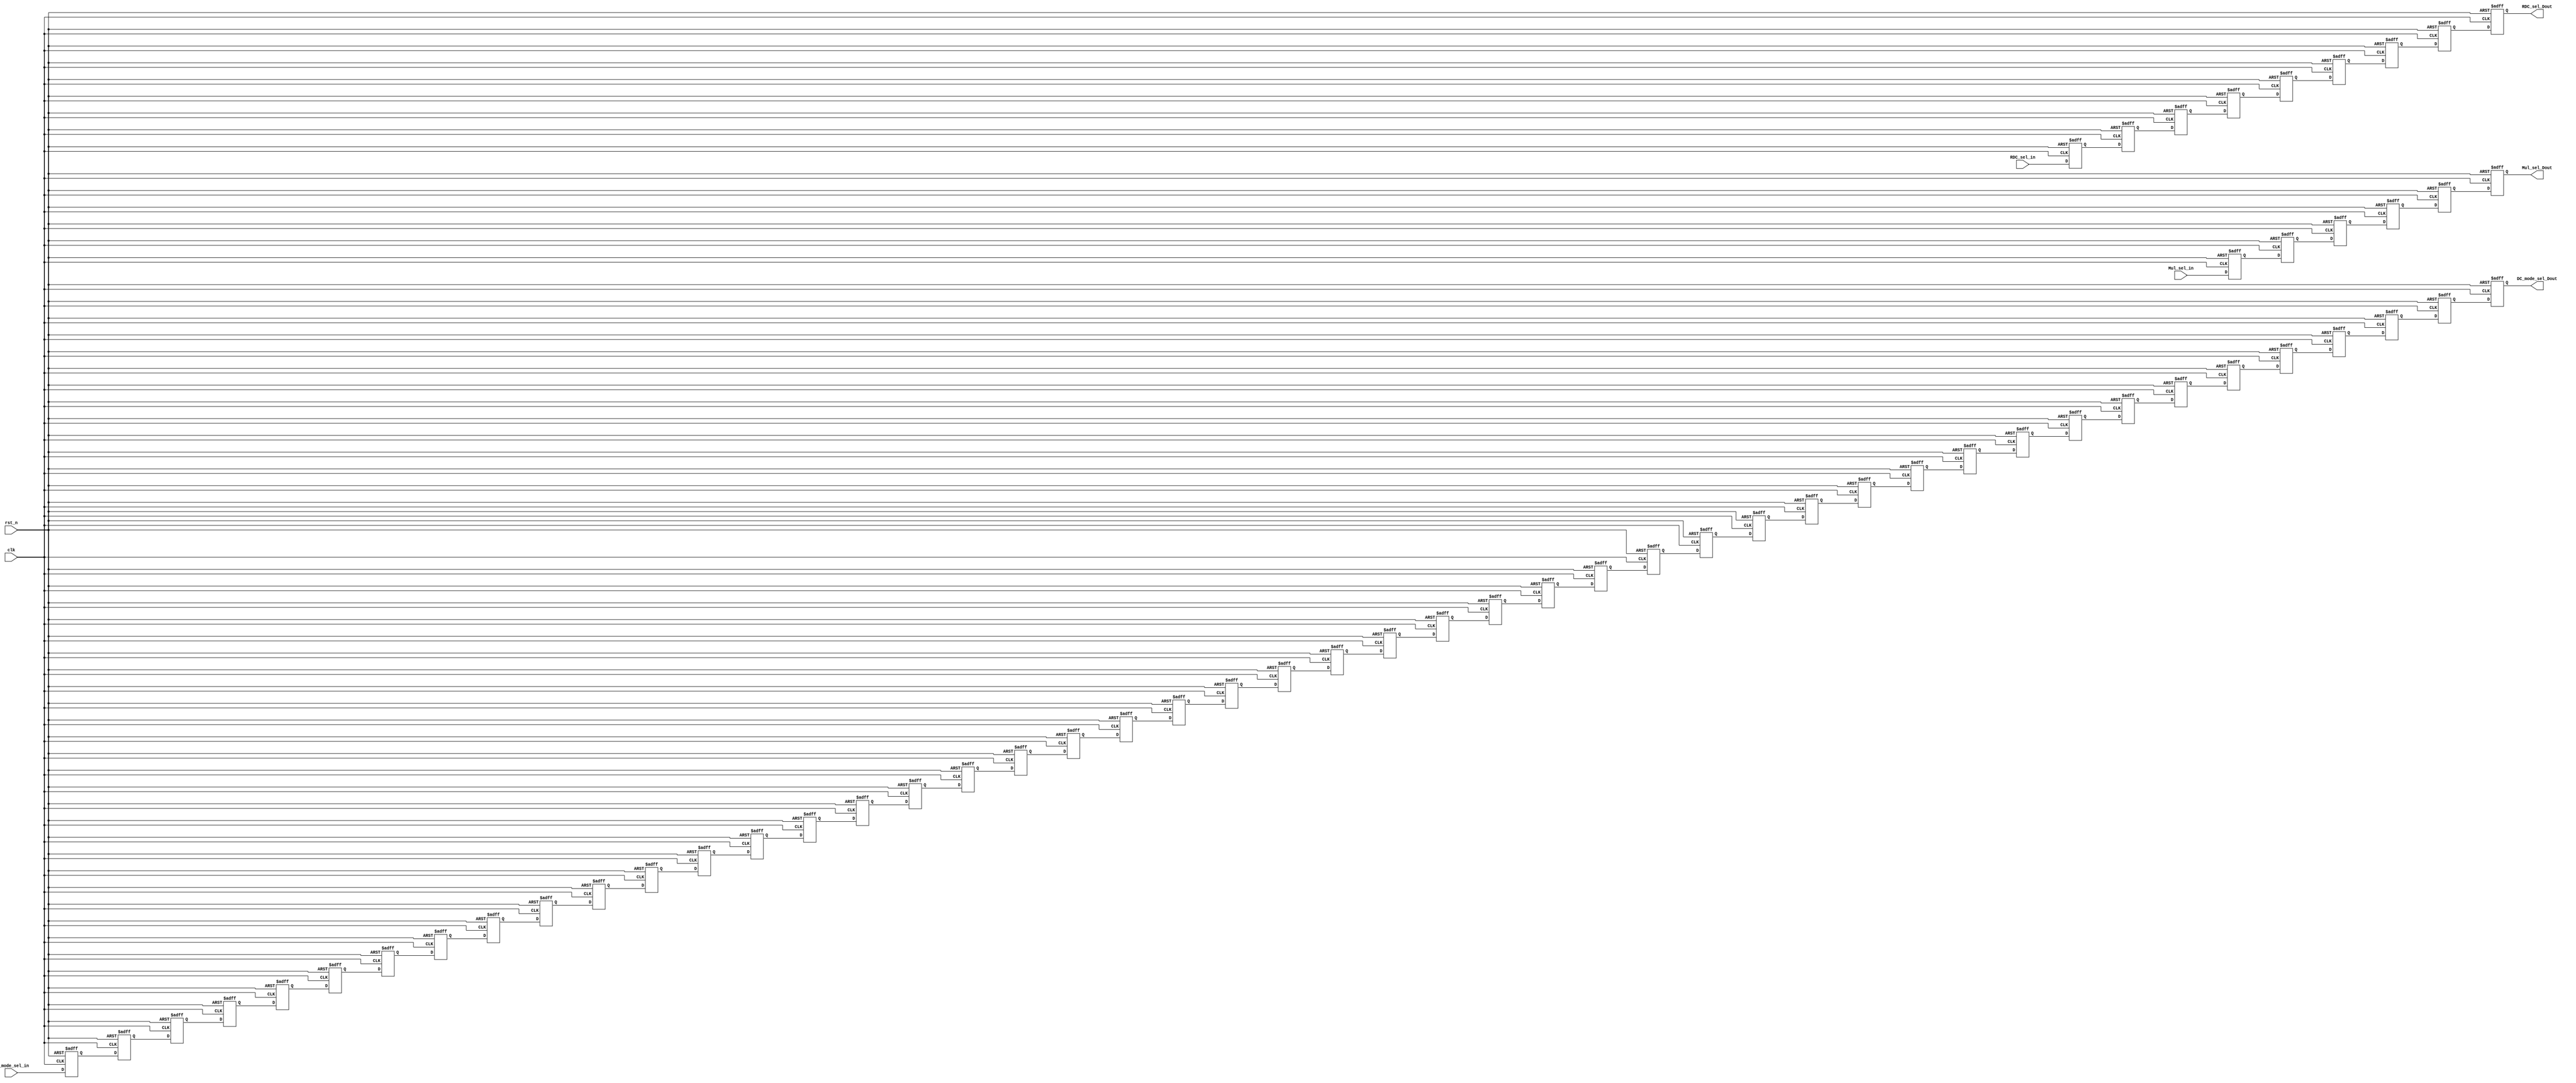
module Ctrl_PipeReg1(                                           
 				        Mul_sel_Dout,                                               
 				        RDC_sel_Dout,                                               
 				        DC_mode_sel_Dout,                                                                                        
 			            Mul_sel_in,                                                 
 			            RDC_sel_in,                                                 
 				        DC_mode_sel_in,                                             
                      rst_n,                                                      
                      clk                                                         
                      ) ;                                                         
                                                                                  
 parameter ROMA_WIDTH  = 12;                                                      
 parameter ROMA_ZERO   = 12'h0 ;                                                  
                                                                                  
                                                                                  
                                       
 output [1:0]            Mul_sel_Dout ;                                           
 output [3:0]            RDC_sel_Dout ;                                           
 output [1:0]            DC_mode_sel_Dout ;                                       
                                                                                                                             
 input  [1:0]            Mul_sel_in ;                                             
 input  [3:0]            RDC_sel_in ;                                             
 input  [1:0]            DC_mode_sel_in ;                                         
 input                   rst_n ;                                                  
 input                   clk ;                                                    
                                                                                  
 reg                  mode_sel_D0reg ;                                            
 reg                  mode_sel_D1reg ;                                            
 reg                  mode_sel_D2reg ;                                            
 reg                  mode_sel_D3reg ;                                            
 reg                  mode_sel_D4reg ;                                            
                                          
 reg [1:0]            Mul_sel_D0reg ;                                             
 reg [1:0]            Mul_sel_D1reg ;                                             
 reg [1:0]            Mul_sel_D2reg ;                                             
 reg [1:0]            Mul_sel_D3reg ;                                             
 reg [1:0]            Mul_sel_D4reg ;                                             
 reg [1:0]            Mul_sel_Dout ;                                              
 reg [3:0]            RDC_sel_D0reg ;                                             
 reg [3:0]            RDC_sel_D1reg ;                                             
 reg [3:0]            RDC_sel_D2reg ;                                             
 reg [3:0]            RDC_sel_D3reg ;                                             
 reg [3:0]            RDC_sel_D4reg ;                                             
 reg [3:0]            RDC_sel_D5reg ;                                             
 reg [3:0]            RDC_sel_D6reg ;                                             
 reg [3:0]            RDC_sel_D7reg ;                                             
 reg [3:0]            RDC_sel_Dout ;                                              
 reg [1:0]            DC_mode_sel_D0reg ;                                         
 reg [1:0]            DC_mode_sel_D1reg ;                                         
 reg [1:0]            DC_mode_sel_D2reg ;                                         
 reg [1:0]            DC_mode_sel_D3reg ;                                         
 reg [1:0]            DC_mode_sel_D4reg ;                                         
 reg [1:0]            DC_mode_sel_D5reg ;                                         
 reg [1:0]            DC_mode_sel_D6reg ;                                         
 reg [1:0]            DC_mode_sel_D7reg ;                                         
 reg [1:0]            DC_mode_sel_D8reg ;                                         
 reg [1:0]            DC_mode_sel_D9reg ;                                         
 reg [1:0]            DC_mode_sel_D10reg ;                                        
 reg [1:0]            DC_mode_sel_D11reg ;                                        
 reg [1:0]            DC_mode_sel_D12reg ;                                        
 reg [1:0]            DC_mode_sel_D13reg ;                                        
 reg [1:0]            DC_mode_sel_D14reg ;                                        
 reg [1:0]            DC_mode_sel_D15reg ;                                        
 reg [1:0]            DC_mode_sel_D16reg ;                                        
 reg [1:0]            DC_mode_sel_D17reg ;                                        
 reg [1:0]            DC_mode_sel_D18reg ;                                        
 reg [1:0]            DC_mode_sel_D19reg ;                                        
 reg [1:0]            DC_mode_sel_D20reg ;                                        
 reg [1:0]            DC_mode_sel_D21reg ;                                        
 reg [1:0]            DC_mode_sel_D22reg ;                                        
 reg [1:0]            DC_mode_sel_D23reg ;                                        
 reg [1:0]            DC_mode_sel_D24reg ;                                        
 reg [1:0]            DC_mode_sel_D25reg ;                                        
 reg [1:0]            DC_mode_sel_D26reg ;                                        
 reg [1:0]            DC_mode_sel_D27reg ;                                        
 reg [1:0]            DC_mode_sel_D28reg ;                                        
 reg [1:0]            DC_mode_sel_D29reg ;                                        
 reg [1:0]            DC_mode_sel_D30reg ;                                        
 reg [1:0]            DC_mode_sel_D31reg ;                                        
 reg [1:0]            DC_mode_sel_D32reg ;                                        
 reg [1:0]            DC_mode_sel_D33reg ;                                        
 reg [1:0]            DC_mode_sel_D34reg ;                                        
 reg [1:0]            DC_mode_sel_D35reg ;                                        
 reg [1:0]            DC_mode_sel_D36reg ;                                        
 reg [1:0]            DC_mode_sel_D37reg ;                                        
 reg [1:0]            DC_mode_sel_D38reg ;                                        
 reg [1:0]            DC_mode_sel_D39reg ;                                        
 reg [1:0]            DC_mode_sel_D40reg ;                                        
 reg [1:0]            DC_mode_sel_D41reg ;                                        
 reg [1:0]            DC_mode_sel_D42reg ;                                        
 reg [1:0]            DC_mode_sel_D43reg ;                                        
 reg [1:0]            DC_mode_sel_D44reg ;                                        
 reg [1:0]            DC_mode_sel_D45reg ;                                        
 reg [1:0]            DC_mode_sel_Dout  ;                                         
                                                                                  
                                                                                  
 //mode_sel, Mul_sel delay 4 cycles and RDC_sel, FFT_FSmode_sel  delay 7 cycles   
 	always @(posedge clk or negedge rst_n) begin                                    
 		if(~rst_n) begin                                                                                                           
 			Mul_sel_D0reg <= 2'd0 ;                                                 
 			Mul_sel_D1reg <= 2'd0 ;                                                 
 			Mul_sel_D2reg <= 2'd0 ;                                                 
 			Mul_sel_D3reg <= 2'd0 ;                                                 
 			Mul_sel_D4reg <= 2'd0 ;                                                 
 			Mul_sel_Dout <= 2'd0 ;                                                  
 			RDC_sel_D0reg <= 4'd0 ;                                                 
 			RDC_sel_D1reg <= 4'd0 ;                                                 
 			RDC_sel_D2reg <= 4'd0 ;                                                 
 			RDC_sel_D3reg <= 4'd0 ;                                                 
 			RDC_sel_D4reg <= 4'd0 ;                                                 
 			RDC_sel_D5reg <= 4'd0 ;                                                 
 			RDC_sel_D6reg <= 4'd0 ;                                                 
 			RDC_sel_D7reg <= 4'd0 ;                                                 
 			RDC_sel_Dout <= 4'd0 ;                                                  
 			DC_mode_sel_D0reg   <= 2'd0;                                            
 			DC_mode_sel_D1reg   <= 2'd0;                                            
 			DC_mode_sel_D2reg   <= 2'd0;                                            
 			DC_mode_sel_D3reg   <= 2'd0;                                            
 			DC_mode_sel_D4reg   <= 2'd0;                                            
 			DC_mode_sel_D5reg   <= 2'd0;                                            
 			DC_mode_sel_D6reg   <= 2'd0;                                            
 			DC_mode_sel_D7reg   <= 2'd0;                                            
 			DC_mode_sel_D8reg   <= 2'd0;                                            
 			DC_mode_sel_D9reg   <= 2'd0;                                            
 			DC_mode_sel_D10reg  <= 2'd0;                                            
 			DC_mode_sel_D11reg  <= 2'd0;                                            
 			DC_mode_sel_D12reg  <= 2'd0;                                            
 			DC_mode_sel_D13reg  <= 2'd0;                                            
 			DC_mode_sel_D14reg  <= 2'd0;                                            
 			DC_mode_sel_D15reg  <= 2'd0;                                            
 			DC_mode_sel_D16reg  <= 2'd0;                                            
 			DC_mode_sel_D17reg  <= 2'd0;                                            
 			DC_mode_sel_D18reg  <= 2'd0;                                            
 			DC_mode_sel_D19reg  <= 2'd0;                                            
 			DC_mode_sel_D20reg  <= 2'd0;                                            
 			DC_mode_sel_D21reg  <= 2'd0;                                            
 			DC_mode_sel_D22reg  <= 2'd0;                                            
 			DC_mode_sel_D23reg  <= 2'd0;                                            
 			DC_mode_sel_D24reg  <= 2'd0;                                            
 			DC_mode_sel_D25reg  <= 2'd0;                                            
 			DC_mode_sel_D26reg  <= 2'd0;                                            
 			DC_mode_sel_D27reg  <= 2'd0;                                            
 			DC_mode_sel_D28reg  <= 2'd0;                                            
 			DC_mode_sel_D29reg  <= 2'd0;                                            
 			DC_mode_sel_D30reg  <= 2'd0;                                            
 			DC_mode_sel_D31reg  <= 2'd0;                                            
 			DC_mode_sel_D32reg  <= 2'd0;                                            
 			DC_mode_sel_D33reg  <= 2'd0;                                            
 			DC_mode_sel_D34reg  <= 2'd0;                                            
 			DC_mode_sel_D35reg  <= 2'd0;                                            
 			DC_mode_sel_D36reg  <= 2'd0;                                            
 			DC_mode_sel_D37reg  <= 2'd0;                                            
 			DC_mode_sel_D38reg  <= 2'd0;                                            
 			DC_mode_sel_D39reg  <= 2'd0;                                            
 			DC_mode_sel_D40reg  <= 2'd0;                                            
 			DC_mode_sel_D41reg  <= 2'd0;                                            
 			DC_mode_sel_D42reg  <= 2'd0;                                            
 			DC_mode_sel_D43reg  <= 2'd0;                                            
 			DC_mode_sel_D44reg  <= 2'd0;                                            
 			DC_mode_sel_D45reg  <= 2'd0;                                            
 			DC_mode_sel_Dout    <= 2'd0;                                            
 		end                                                                         
 		else begin                                                                                                      
 			//                                                                      
 			Mul_sel_D0reg <= Mul_sel_in ;                                           
 			Mul_sel_D1reg <= Mul_sel_D0reg ;                                        
 			Mul_sel_D2reg <= Mul_sel_D1reg ;                                        
 			Mul_sel_D3reg <= Mul_sel_D2reg ;                                        
 			Mul_sel_D4reg <= Mul_sel_D3reg ;                                        
 			Mul_sel_Dout <= Mul_sel_D4reg ;                                         
 			//                                                                      
 			RDC_sel_D0reg <= RDC_sel_in ;                                           
 			RDC_sel_D1reg <= RDC_sel_D0reg ;                                        
 			RDC_sel_D2reg <= RDC_sel_D1reg ;                                        
 			RDC_sel_D3reg <= RDC_sel_D2reg ;                                        
 			RDC_sel_D4reg <= RDC_sel_D3reg ;                                        
 			RDC_sel_D5reg <= RDC_sel_D4reg ;                                        
 			RDC_sel_D6reg <= RDC_sel_D5reg ;                                        
 			RDC_sel_D7reg <= RDC_sel_D6reg ;                                        
 			RDC_sel_Dout <= RDC_sel_D7reg ;                                         
 			//                                                                      
 			DC_mode_sel_D0reg   <= DC_mode_sel_in;                                  
 			DC_mode_sel_D1reg   <= DC_mode_sel_D0reg;                               
 			DC_mode_sel_D2reg   <= DC_mode_sel_D1reg;                               
 			DC_mode_sel_D3reg   <= DC_mode_sel_D2reg;                               
 			DC_mode_sel_D4reg   <= DC_mode_sel_D3reg;                               
 			DC_mode_sel_D5reg   <= DC_mode_sel_D4reg;                               
 			DC_mode_sel_D6reg   <= DC_mode_sel_D5reg;                               
 			DC_mode_sel_D7reg   <= DC_mode_sel_D6reg;                               
 			DC_mode_sel_D8reg   <= DC_mode_sel_D7reg;                               
 			DC_mode_sel_D9reg   <= DC_mode_sel_D8reg;                               
 			DC_mode_sel_D10reg  <= DC_mode_sel_D9reg;                               
 			DC_mode_sel_D11reg  <= DC_mode_sel_D10reg;                              
 			DC_mode_sel_D12reg  <= DC_mode_sel_D11reg;                              
 			DC_mode_sel_D13reg  <= DC_mode_sel_D12reg;                              
 			DC_mode_sel_D14reg  <= DC_mode_sel_D13reg;                              
 			DC_mode_sel_D15reg  <= DC_mode_sel_D14reg;                              
 			DC_mode_sel_D16reg  <= DC_mode_sel_D15reg;                              
 			DC_mode_sel_D17reg  <= DC_mode_sel_D16reg;                              
 			DC_mode_sel_D18reg  <= DC_mode_sel_D17reg;                              
 			DC_mode_sel_D19reg  <= DC_mode_sel_D18reg;                              
 			DC_mode_sel_D20reg  <= DC_mode_sel_D19reg;                              
 			DC_mode_sel_D21reg  <= DC_mode_sel_D20reg;                              
 			DC_mode_sel_D22reg  <= DC_mode_sel_D21reg;                              
 			DC_mode_sel_D23reg  <= DC_mode_sel_D22reg;                              
 			DC_mode_sel_D24reg  <= DC_mode_sel_D23reg;                              
 			DC_mode_sel_D25reg  <= DC_mode_sel_D24reg;                              
 			DC_mode_sel_D26reg  <= DC_mode_sel_D25reg;                              
 			DC_mode_sel_D27reg  <= DC_mode_sel_D26reg;                              
 			DC_mode_sel_D28reg  <= DC_mode_sel_D27reg;                              
 			DC_mode_sel_D29reg  <= DC_mode_sel_D28reg;                              
 			DC_mode_sel_D30reg  <= DC_mode_sel_D29reg;                              
 			DC_mode_sel_D31reg  <= DC_mode_sel_D30reg;                              
 			DC_mode_sel_D32reg  <= DC_mode_sel_D31reg;                              
 			DC_mode_sel_D33reg  <= DC_mode_sel_D32reg;                              
 			DC_mode_sel_D34reg  <= DC_mode_sel_D33reg;                              
 			DC_mode_sel_D35reg  <= DC_mode_sel_D34reg;                              
 			DC_mode_sel_D36reg  <= DC_mode_sel_D35reg;                              
 			DC_mode_sel_D37reg  <= DC_mode_sel_D36reg;                              
 			DC_mode_sel_D38reg  <= DC_mode_sel_D37reg;                              
 			DC_mode_sel_D39reg  <= DC_mode_sel_D38reg;                              
 			DC_mode_sel_D40reg  <= DC_mode_sel_D39reg;                              
 			DC_mode_sel_D41reg  <= DC_mode_sel_D40reg;                              
 			DC_mode_sel_D42reg  <= DC_mode_sel_D41reg;                              
 			DC_mode_sel_D43reg  <= DC_mode_sel_D42reg;                              
 			DC_mode_sel_D44reg  <= DC_mode_sel_D43reg;                              
 			DC_mode_sel_D45reg  <= DC_mode_sel_D44reg;                              
 			DC_mode_sel_Dout    <= DC_mode_sel_D45reg;                              
 		end                                                                         
 	end                                                                             
 endmodule